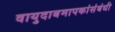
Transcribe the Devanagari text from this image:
वायुदाबमापकांसंबंधी